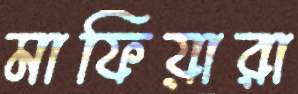
মাফিয়ারা